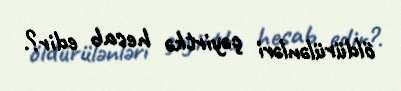
öldürülənləri çəyirtkə hesab edir?.